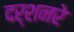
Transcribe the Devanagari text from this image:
दर्शनरे